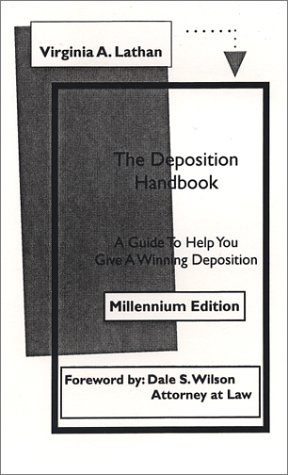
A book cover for The Deposition Handbook: A Guide to Help You Give a Winning Deposition; Virginia A. Lathan; Law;